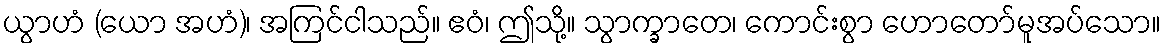
ယွာဟံ (ယော အဟံ)၊ အကြင်ငါသည်။ ဧဝံ၊ ဤသို့။ သွာက္ခာတေ၊ ကောင်းစွာ ဟောတော်မူအပ်သော။